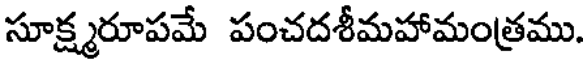
సూక్ష్మరూపమే పంచదశీమహామంత్రము.